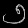
Digit: ၅